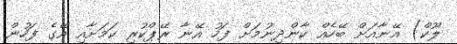
ލޫކް) އޭނާއަށް ބޭހެއް ކާންދިނުމަށް ފަހު އޭނާ ރޭޕްކުރި ކަމަށާއި އޭގެ ފަހުން